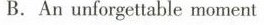
B.An unforgettable momen